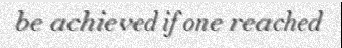
be achieved if one reached